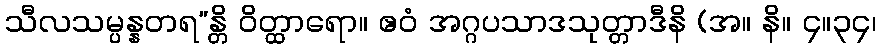
သီလသမ္ပန္နတရ”န္တိ ဝိတ္ထာရော။ ဧဝံ အဂ္ဂပသာဒသုတ္တာဒီနိ (အ။ နိ။ ၄။၃၄၊